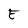
Character: E